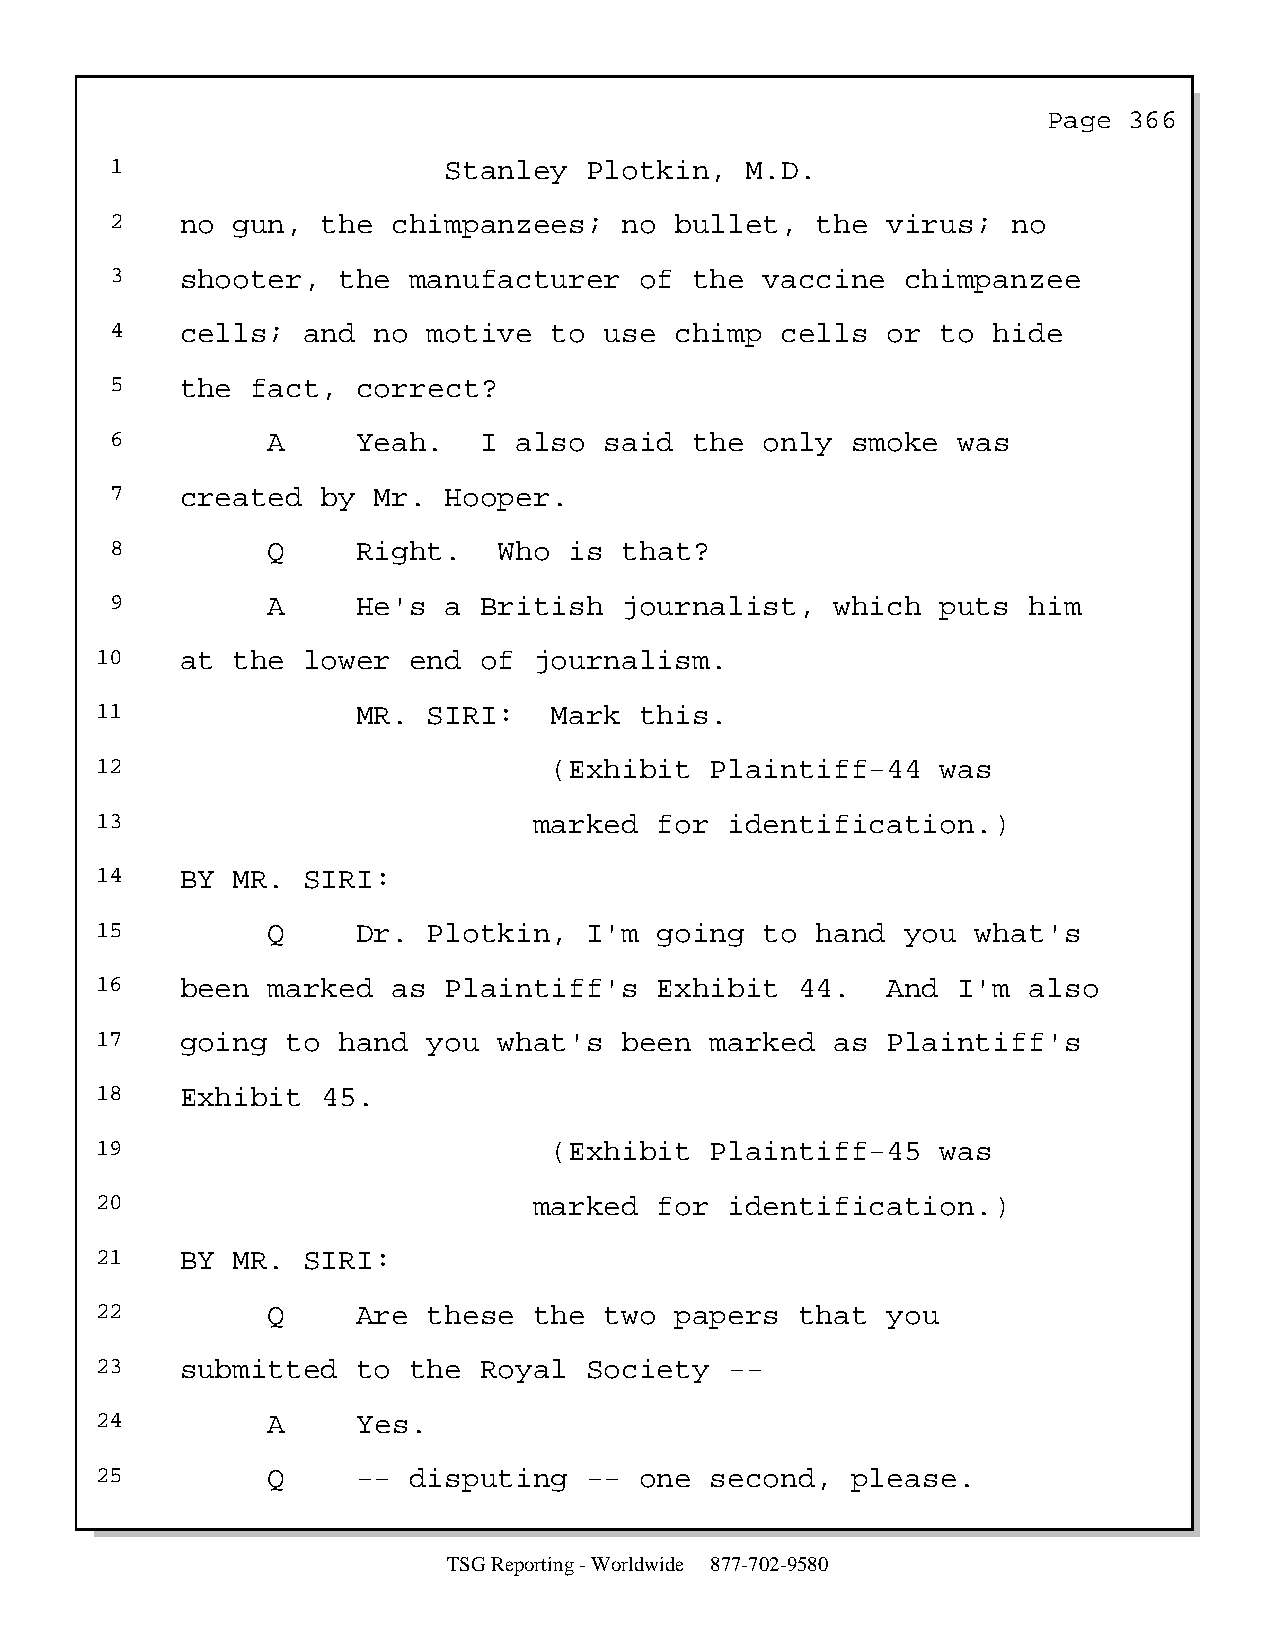
Page  366
 1                     Stanley   Plotkin,  M.D.
 2    no gun,  the  chimpanzees;   no  bullet,  the  virus;  no
 3    shooter,  the  manufacturer   of  the  vaccine  chimpanzee
 4    cells;  and  no motive  to  use  chimp  cells  or to  hide
 5    the  fact,  correct?
 6          A     Yeah.   I also  said  the  only smoke  was
 7    created  by  Mr. Hooper.
 8          Q     Right.   Who  is that?
 9          A     He's a  British  journalist,   which  puts  him
 10    at the  lower  end  of journalism.
 11                MR. SIRI:   Mark  this.
 12                            (Exhibit   Plaintiff-44   was
 13                           marked   for identification.)
 14    BY MR.  SIRI:
 15          Q     Dr. Plotkin,   I'm  going  to hand  you  what's
 16    been  marked  as Plaintiff's    Exhibit  44.   And I'm  also
 17    going  to hand  you  what's  been  marked  as  Plaintiff's
 18    Exhibit  45.
 19                            (Exhibit   Plaintiff-45   was
 20                           marked   for identification.)
 21    BY MR.  SIRI:
 22          Q     Are these  the  two  papers  that  you
 23    submitted   to the  Royal  Society  --
 24          A     Yes.
 25          Q     -- disputing   -- one  second,  please.
 TSG Reporting - Worldwide 877-702-9580